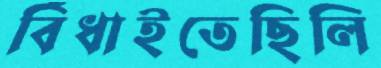
বিঁধাইতেছিলি